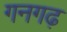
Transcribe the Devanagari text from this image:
गनगढ़